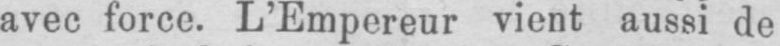
avec force. L’Empereur vient aussi de